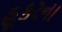
હૂકરના